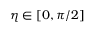
\eta \in [ 0 , \pi / 2 ]